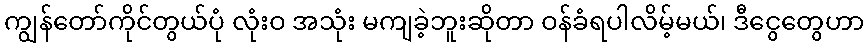
ကျွန်တော်ကိုင်တွယ်ပုံ လုံးဝ အသုံး မကျခဲ့ဘူးဆိုတာ ဝန်ခံရပါလိမ့်မယ်၊ ဒီငွေတွေဟာ